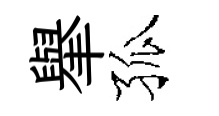
𦦙孤